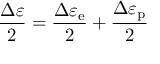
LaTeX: { \frac { \Delta \varepsilon } { 2 } } = { \frac { \Delta \varepsilon _ { \mathrm { e } } } { 2 } } + { \frac { \Delta \varepsilon _ { \mathrm { p } } } { 2 } }